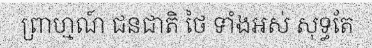
ព្រាហ្មណ៍ ជនជាតិ ថៃ ទាំងអស់ សុទ្ធតែ